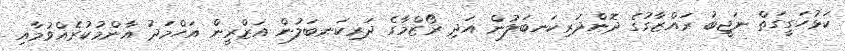
ކަޅުހަގީގަތް ނަޖީބު ރައްޒާގުގެ ދޮންދަރިކަނބަލުން އަދި ރޯޒްމާގެ ދަރިކަނބަލުން އަޒްރީން އަހްމަދު އާންމުކުރެއްވުމާއި